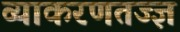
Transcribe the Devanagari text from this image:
व्याकरणतज्‍ज्ञ